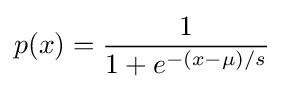
p(x)={\frac {1}{1+e^{-(x-\mu )/s}}}